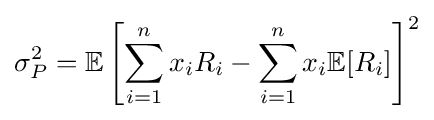
\sigma _{P}^{2}=\mathbb {E} \left[\sum _{i=1}^{n}x_{i}R_{i}-\sum _{i=1}^{n}x_{i}\mathbb {E} [R_{i}]\right]^{2}